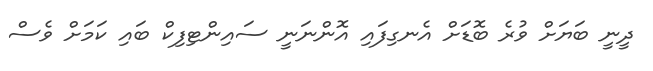
ދީނީ ބަޔަށް ވުރެ ބޮޑަށް އެނގިފައި އޮންނަނީ ސައިންޓިފިކް ބައި ކަމަށް ވެސް